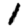
Digit: 1